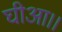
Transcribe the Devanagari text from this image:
घीआ।।